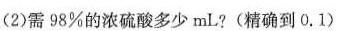
(2)需98%的浓硫酸多少mL?(精确到0.1)